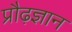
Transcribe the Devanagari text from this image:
प्रौढ़ज्ञान